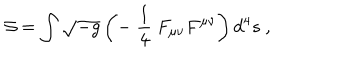
{ \cal S } = \int \sqrt { - g } \left( - \ \frac { 1 } { 4 } \ F _ { \mu \nu } F ^ { \mu \nu } \right) d ^ { 4 } s \ ,